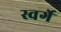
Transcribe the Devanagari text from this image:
स्वर्गे